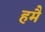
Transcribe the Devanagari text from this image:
हमै